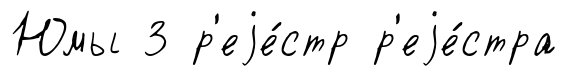
Юмы 3 р'еjе́стр р'еjе́стра